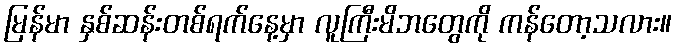
မြန်မာ နှစ်ဆန်းတစ်ရက်နေ့မှာ လူကြီးမိဘတွေကို ကန်တော့သလား။